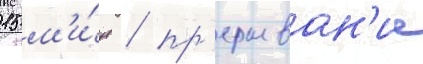
15 м'и́н / пр'ерыван'ие